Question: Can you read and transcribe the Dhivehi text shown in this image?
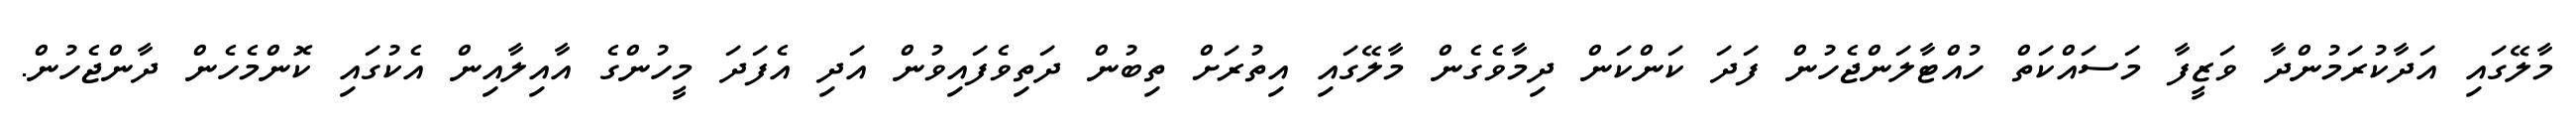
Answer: މާލޭގައި އަދާކުރަމުންދާ ވަޒީފާ މަސައްކަތް ހުއްޓާލަންޖެހުން ފަދަ ކަންކަން ދިމާވެގެން މާލޭގައި އިތުރަށް ތިބުން ދަތިވެފައިވުން އަދި އެފަދަ މީހުންގެ އާއިލާއިން އެކުގައި ކޮންމެހެން ދާންޖެހުން.